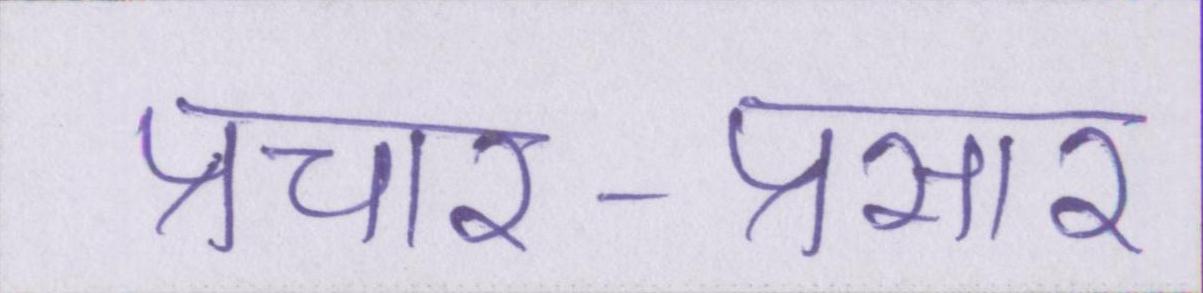
प्रचार-प्रसार